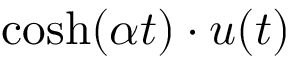
\cosh ( \alpha t ) \cdot u ( t )